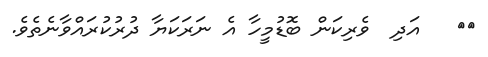
١٧   އަދި  ވެރިކަން ބޮޑުމީހާ އެ ނަރަކަޔާ ދުރުކުރައްވާނެތެވެ.